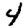
Digit: 4